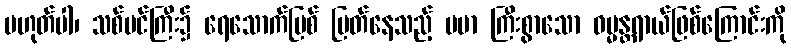
မဟုတ်ပါ၊ သစ်ပင်ကြီး၌ ရေသောက်မြစ် ပြတ်နေသည့် ပမာ ကြီးစွာသော ဓမ္မန္တရာယ်ဖြစ်ကြောင်းကို